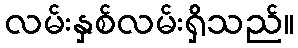
လမ်းနှစ်လမ်းရှိသည်။